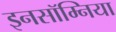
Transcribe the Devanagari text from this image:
इनसॉम्निया